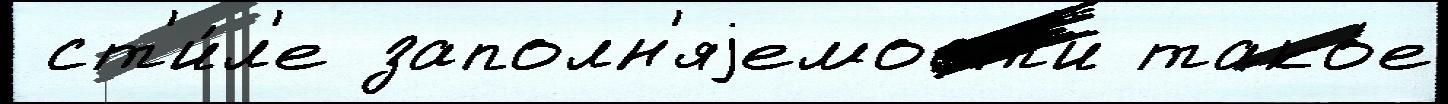
 ст'и́л'е заполн'яjемост'и тако́е